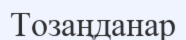
Тозаңданар